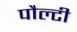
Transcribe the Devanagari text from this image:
पौल्टी